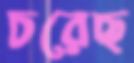
চরেছ